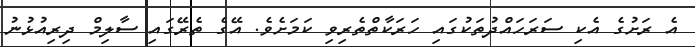
އެ ރަށުގެ އެކި ސަރަހައްދުތަކުގައި ހަަރަކާތްތެރިވި ކަމަށެވެ. އޭގެ ތެރޭގައި ސާލިމް ދިރިއުޅުނު